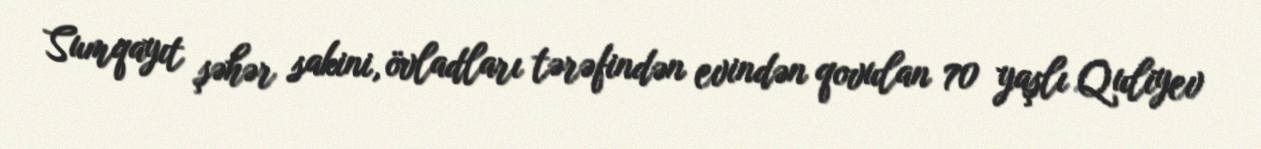
Sumqayıt şəhər sakini, övladları tərəfindən evindən qovulan 70 yaşlı Quliyev